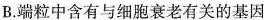
B.端粒中含有与细胞衰老有关的基因